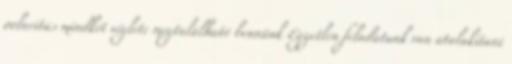
polaritás mindkét véglete megtalálható bennünk Egyetlen feladatunk van átalakítani